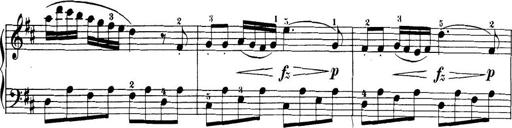
Title: 32 Sonatinas and Rondos for the Piano
Composer: Richard Kleinmichel